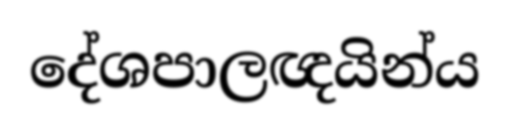
දේශපාලඥයින්ය